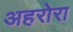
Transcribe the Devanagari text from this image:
अहरोरा